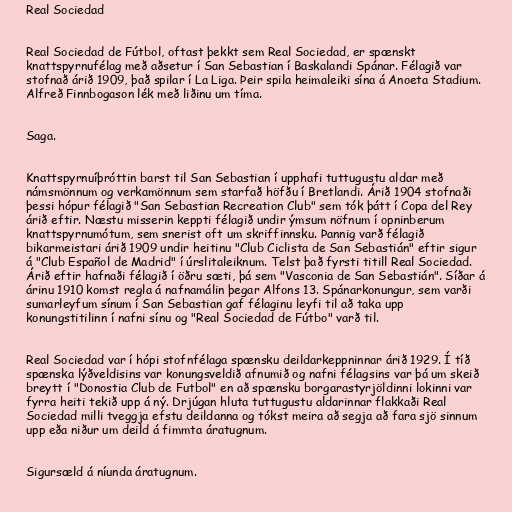
Real Sociedad

Real Sociedad de Fútbol, oftast þekkt sem Real Sociedad, er spænskt
knattspyrnufélag með aðsetur í San Sebastian í Baskalandi Spánar. Félagið var
stofnað árið 1909, það spilar í La Liga. Þeir spila heimaleiki sína á Anoeta Stadium.
Alfreð Finnbogason lék með liðinu um tíma.

Saga.

Knattspyrnuíþróttin barst til San Sebastian í upphafi tuttugustu aldar með
námsmönnum og verkamönnum sem starfað höfðu í Bretlandi. Árið 1904 stofnaði
þessi hópur félagið "San Sebastian Recreation Club" sem tók þátt í Copa del Rey
árið eftir. Næstu misserin keppti félagið undir ýmsum nöfnum í opninberum
knattspyrnumótum, sem snerist oft um skriffinnsku. Þannig varð félagið
bikarmeistari árið 1909 undir heitinu "Club Ciclista de San Sebastián" eftir sigur
á "Club Español de Madrid" í úrslitaleiknum. Telst það fyrsti titill Real Sociedad.
Árið eftir hafnaði félagið í öðru sæti, þá sem "Vasconia de San Sebastián". Síðar á
árinu 1910 komst regla á nafnamálin þegar Alfons 13. Spánarkonungur, sem varði
sumarleyfum sínum í San Sebastian gaf félaginu leyfi til að taka upp
konungstitilinn í nafni sínu og "Real Sociedad de Fútbo" varð til.

Real Sociedad var í hópi stofnfélaga spænsku deildarkeppninnar árið 1929. Í tíð
spænska lýðveldisins var konungsveldið afnumið og nafni félagsins var þá um skeið
breytt í "Donostia Club de Futbol" en að spænsku borgarastyrjöldinni lokinni var
fyrra heiti tekið upp á ný. Drjúgan hluta tuttugustu aldarinnar flakkaði Real
Sociedad milli tveggja efstu deildanna og tókst meira að segja að fara sjö sinnum
upp eða niður um deild á fimmta áratugnum.

Sigursæld á níunda áratugnum.